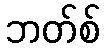
ဘတ်စ်